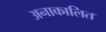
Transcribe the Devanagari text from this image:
अनाकालित